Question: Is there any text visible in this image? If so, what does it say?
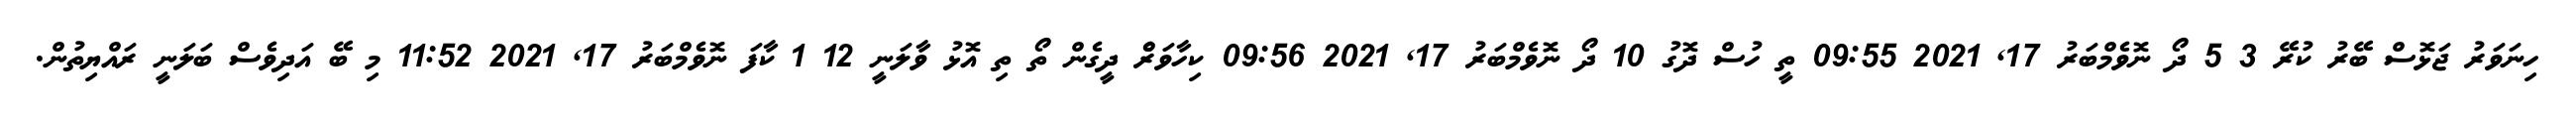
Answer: ހިނަވަރު ޖަޅޮސް ބޭރު ކުރޭ 3 5 ދޯ ނޮވެމްބަރު 17, 2021 09:55 ތީ ހުސް ދޮގު 10 ދޯ ނޮވެމްބަރު 17, 2021 09:56 ކިހާވަރެް ދީގެން ތޯ ތި އޮޅު ވާލަނީ 12 1 ކާފަ ނޮވެމްބަރު 17, 2021 11:52 މި ބޭ އަދިވެސް ބަލަނީ ރައްޔިތުން.